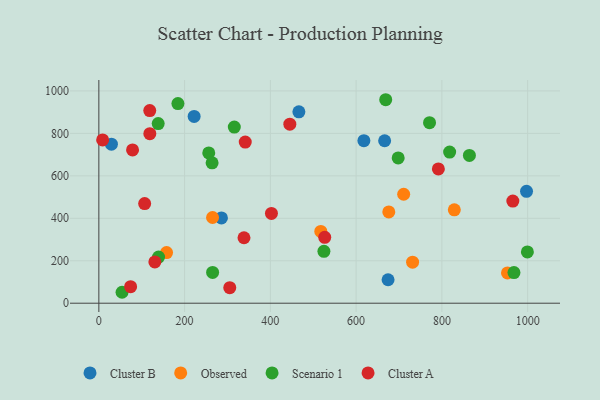
{"axis": {"x": "Price", "y": "Yield"}, "legend": ["Cluster A", "Cluster B", "Observed", "Scenario 1"], "data": [{"x": "285.9", "y": 401.9, "type": "Cluster B"}, {"x": "466.5", "y": 901.7, "type": "Cluster B"}, {"x": "666.5", "y": 765.2, "type": "Cluster B"}, {"x": "674.5", "y": 110.6, "type": "Cluster B"}, {"x": "222.2", "y": 879.7, "type": "Cluster B"}, {"x": "997.4", "y": 526.9, "type": "Cluster B"}, {"x": "618.1", "y": 765.8, "type": "Cluster B"}, {"x": "29.3", "y": 749.1, "type": "Cluster B"}, {"x": "710.9", "y": 513.3, "type": "Observed"}, {"x": "953.0", "y": 142.5, "type": "Observed"}, {"x": "676.2", "y": 430.2, "type": "Observed"}, {"x": "731.7", "y": 193.1, "type": "Observed"}, {"x": "829.0", "y": 439.8, "type": "Observed"}, {"x": "517.6", "y": 338.3, "type": "Observed"}, {"x": "265.2", "y": 403.8, "type": "Observed"}, {"x": "157.9", "y": 238.6, "type": "Observed"}, {"x": "524.9", "y": 244.6, "type": "Scenario 1"}, {"x": "138.4", "y": 846.1, "type": "Scenario 1"}, {"x": "669.0", "y": 958.5, "type": "Scenario 1"}, {"x": "771.2", "y": 850.5, "type": "Scenario 1"}, {"x": "968.1", "y": 144.3, "type": "Scenario 1"}, {"x": "315.9", "y": 829.8, "type": "Scenario 1"}, {"x": "818.1", "y": 711.8, "type": "Scenario 1"}, {"x": "54.1", "y": 51.5, "type": "Scenario 1"}, {"x": "864.2", "y": 696.1, "type": "Scenario 1"}, {"x": "265.3", "y": 145.2, "type": "Scenario 1"}, {"x": "698.1", "y": 684.5, "type": "Scenario 1"}, {"x": "139.2", "y": 217.2, "type": "Scenario 1"}, {"x": "256.3", "y": 708.0, "type": "Scenario 1"}, {"x": "264.1", "y": 661.3, "type": "Scenario 1"}, {"x": "184.4", "y": 940.3, "type": "Scenario 1"}, {"x": "999.4", "y": 241.7, "type": "Scenario 1"}, {"x": "74.1", "y": 78.1, "type": "Cluster A"}, {"x": "402.5", "y": 422.9, "type": "Cluster A"}, {"x": "526.8", "y": 310.5, "type": "Cluster A"}, {"x": "965.5", "y": 480.9, "type": "Cluster A"}, {"x": "341.4", "y": 759.1, "type": "Cluster A"}, {"x": "106.8", "y": 469.2, "type": "Cluster A"}, {"x": "791.8", "y": 632.4, "type": "Cluster A"}, {"x": "118.9", "y": 798.4, "type": "Cluster A"}, {"x": "118.7", "y": 907.5, "type": "Cluster A"}, {"x": "305.3", "y": 73.1, "type": "Cluster A"}, {"x": "130.6", "y": 194.6, "type": "Cluster A"}, {"x": "338.5", "y": 308.4, "type": "Cluster A"}, {"x": "78.6", "y": 721.9, "type": "Cluster A"}, {"x": "445.4", "y": 843.2, "type": "Cluster A"}, {"x": "8.8", "y": 769.1, "type": "Cluster A"}]}